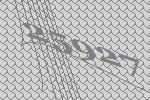
25927